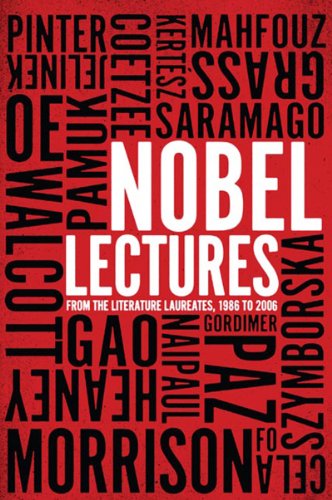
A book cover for Nobel Lectures: From the Literature Laureates, 1986 to 2006; Nobel Prize Literature Laureates; Literature & Fiction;